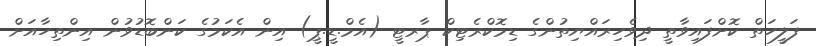
ފަލީހަތް ކޮށްފައިވާތީ ދިވެހިރައްޔިތުންގެ ޑިމޮކްރެޓިކް ޕާރޓީ (އެމް.ޑީ.ޕީ) އިން އެކަމުގެ ކަންބޮޑުވުން އިންތިހާއަށް